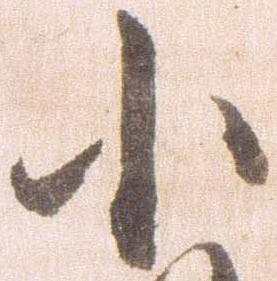
小